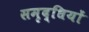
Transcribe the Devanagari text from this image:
समृद्धियों